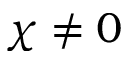
\chi \neq 0